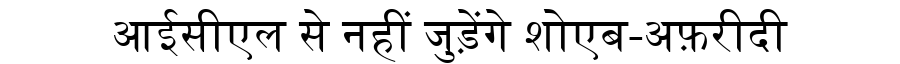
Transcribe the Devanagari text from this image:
आईसीएल से नहीं जुड़ेंगे शोएब-अफ़रीदी